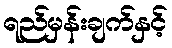
ရည်မှန်းချက်နှင့်